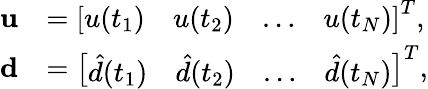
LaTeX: \begin{array}{rl}{{\mathbf u}}&{=\left[\begin{array}{llll}{u(t_{1})}&{u(t_{2})}&{\ldots}&{u(t_{N})}\end{array}\right]^{T},}\\ {{\mathbf d}}&{=\left[\begin{array}{llll}{\hat{d}(t_{1})}&{\hat{d}(t_{2})}&{\ldots}&{\hat{d}(t_{N})}\end{array}\right]^{T},}\end{array}